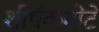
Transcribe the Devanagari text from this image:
शीर्षकमोटे